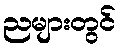
ညများတွင်